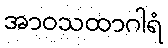
အာဝသထာဂါရံ